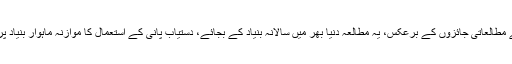
ماضی کے مطالعاتی جائزوں کے برعکس، یہ مطالعہ دنیا بھر میں سالانہ بنیاد کے بجائے، دستیاب پانی کے استعمال کا موازنہ ماہوار بنیاد پر کرتا ہے۔